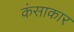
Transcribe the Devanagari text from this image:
कंसाकार